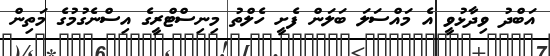
އަބްދު ވިދާޅުވީ އެ މައްސަލަ ބަލަން ފެށީ ހެލްތު މިނިސްޓްރީގެ އިސްނެގުމުގެ މަތިން